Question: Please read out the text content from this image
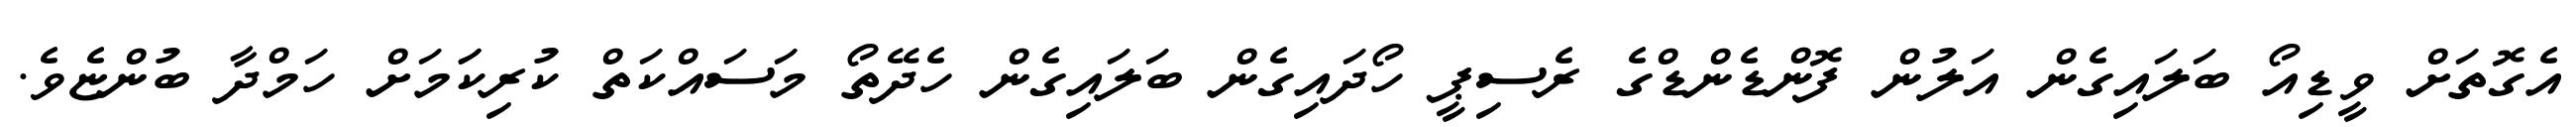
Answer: އެގޮތަށް ވީޑިއޯ ބަލައިގެން އަލުން ފޮންޑެންޑްގެ ރެސިޕީ ހޯދައިގެން ބަލައިގެން ހެދޭތޯ މަސައްކަތް ކުރިކަަމަށް ހަމްދާ ބުންޏެވެ.